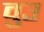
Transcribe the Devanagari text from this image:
वुउ